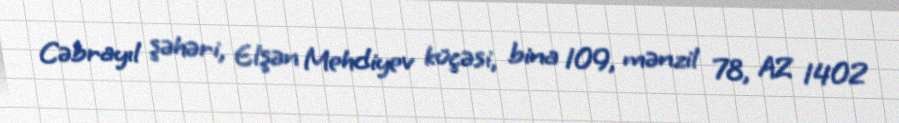
Cəbrayıl şəhəri, Elşən Mehdiyev küçəsi, bina 109, mənzil 78, AZ 1402